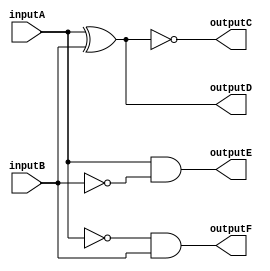
`timescale 1ns / 1ps

module comparator(
    input inputA,
    input inputB,
    output outputC,
    output outputD,
    output outputE,
    output outputF
    );
    
    assign outputC = ~(inputA ^ inputB); //A=B
    assign outputD = (inputA ^ inputB); //A!=B
    assign outputE = (inputA) & (~inputB); //A>B
    assign outputF = (~inputA) & (inputB); //A<B


endmodule